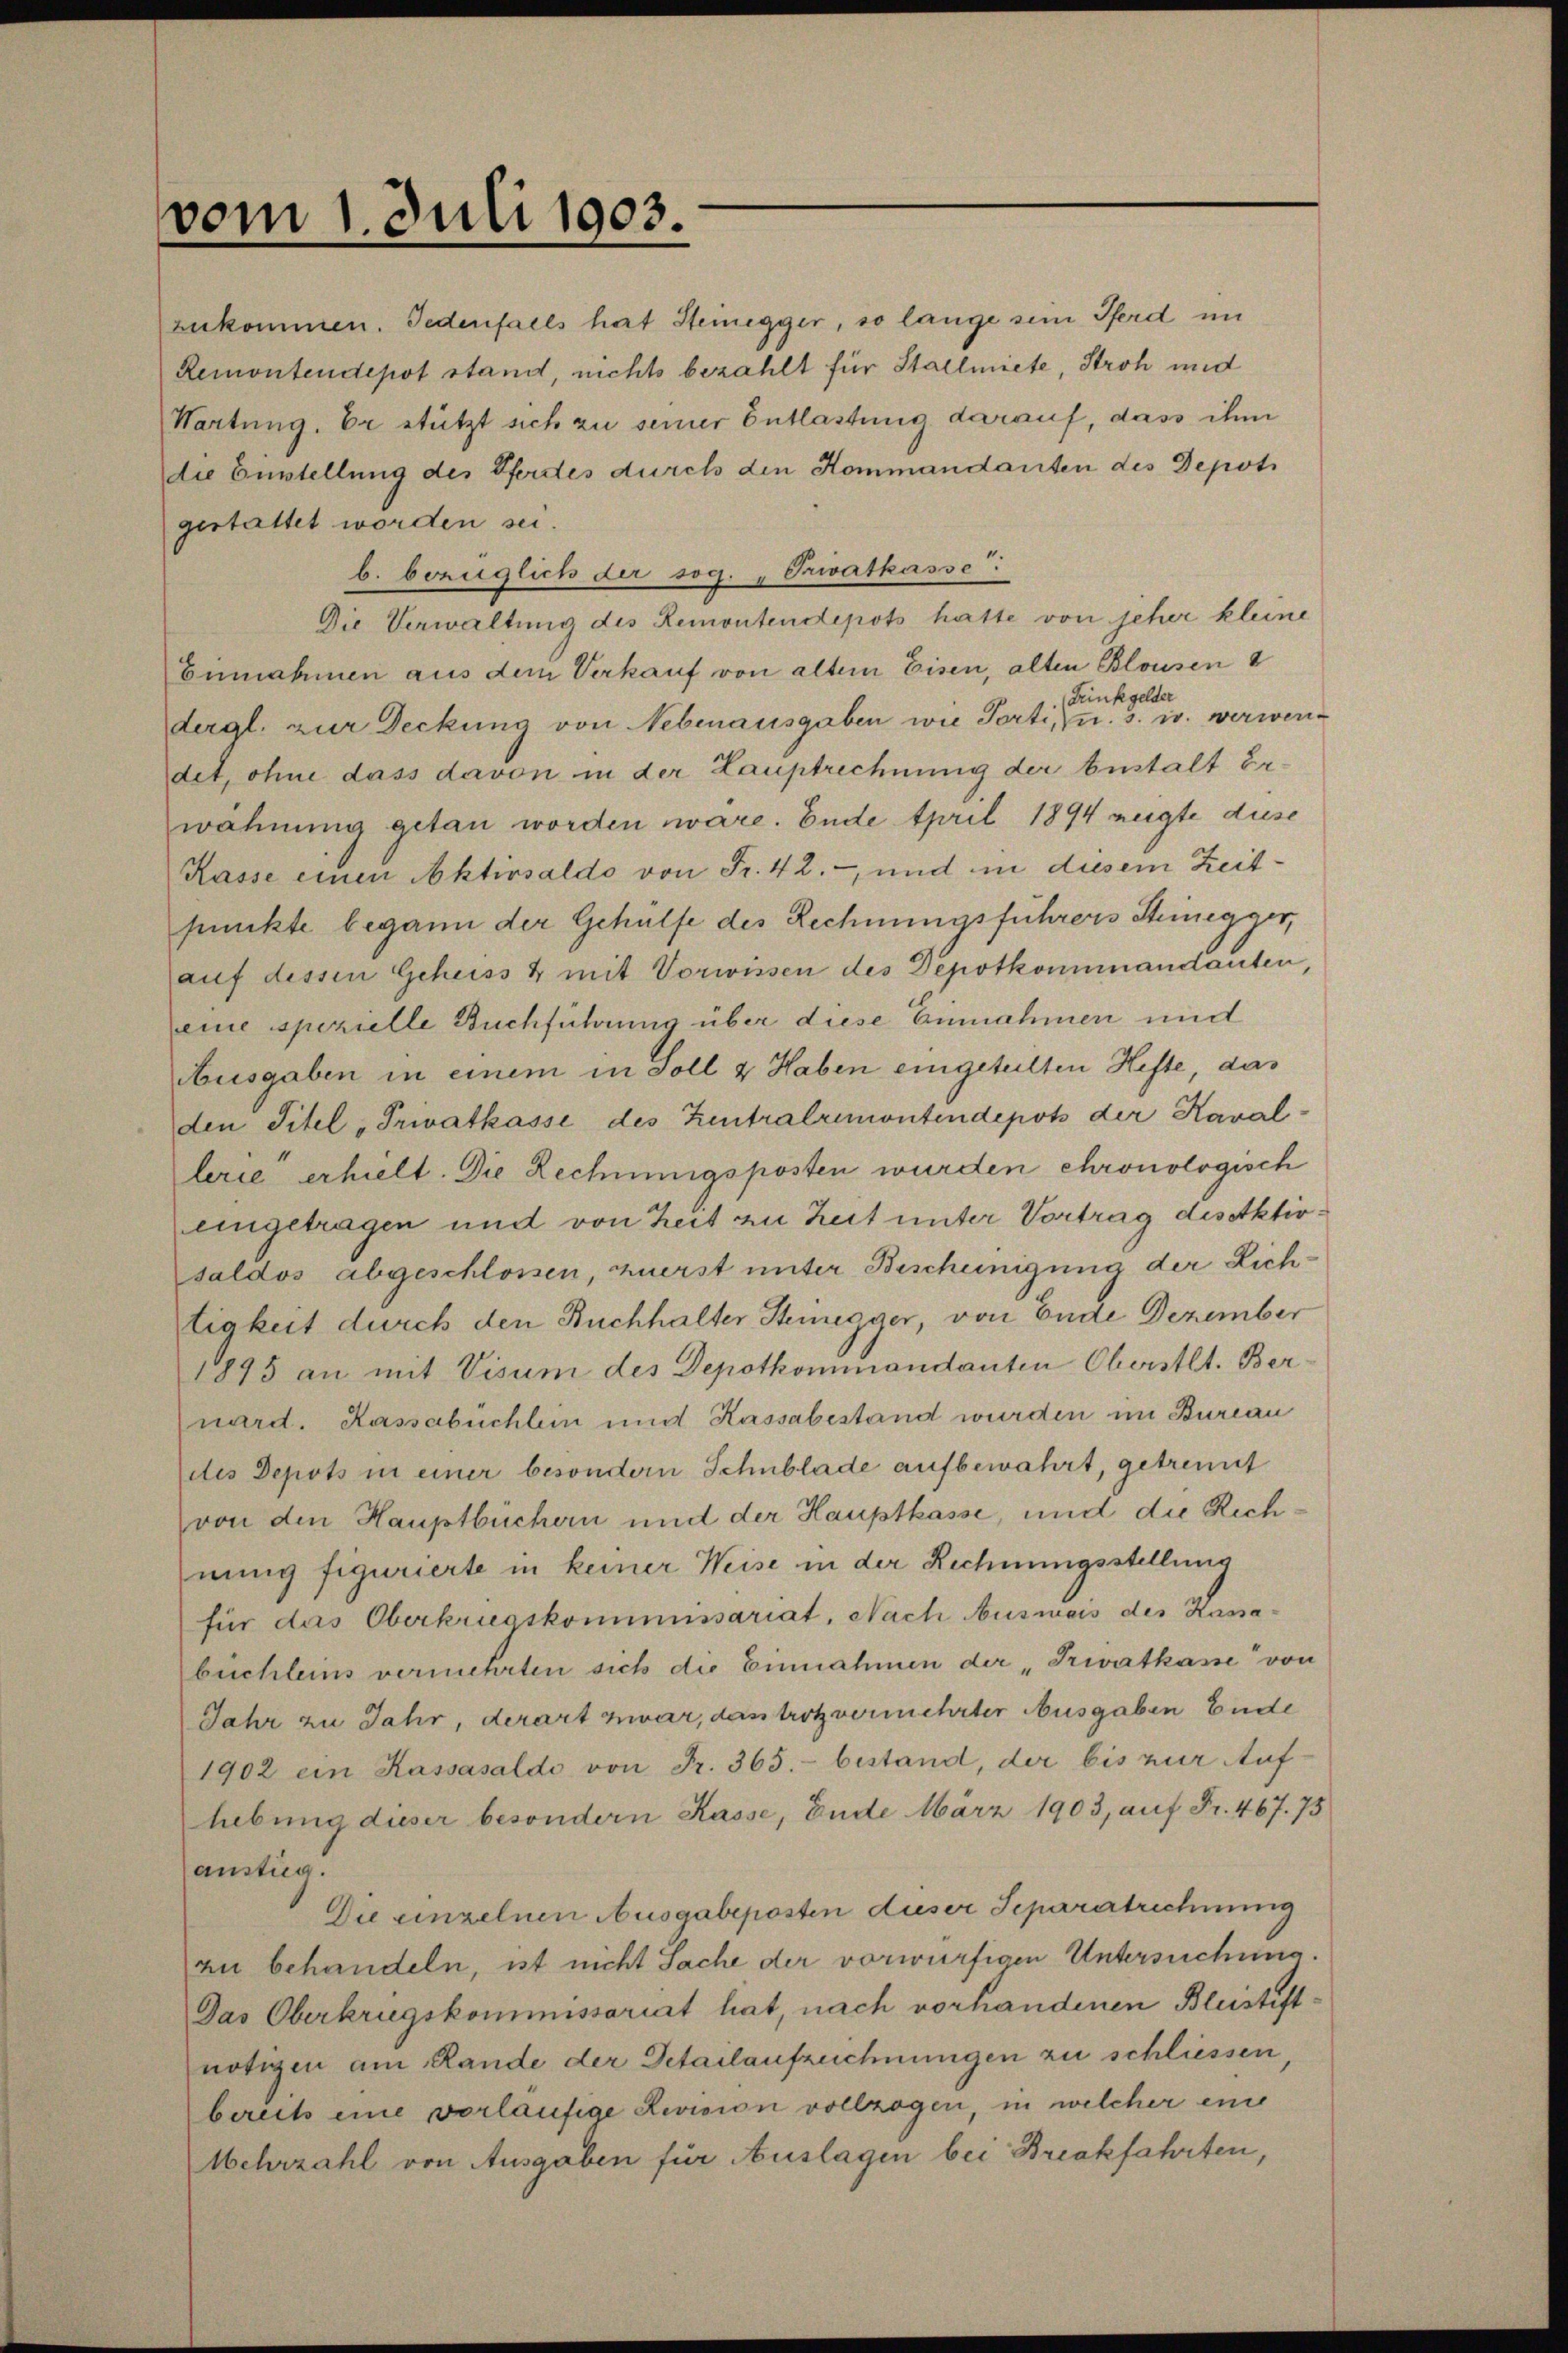
vom 1. Juli 1903.

zukommen. Jedenfalls hat Steinegger, so lange sein Pferd im
Remontendepot stand, nichts bezahlt für Stallmiete, Stroh und
Hartung. Er stützt sich zu seiner Entlastung darauf, dass ihm
die Einsstellung des Pferdes durch den Kommandanten des Depoti
gestaltet worden sei.
b. bezüglich der sog. „Privatkasse:
Die Verwaltung des Remontendepots hatte von jeher kleine
Ennahmen aus dem Verkauf von altem Eisen, alten Blausen
dergl. zur Deckung von Nebenausgaben wie Porti, der eine einen u. werwendet, ohne dass davon in der Hauptrechnung der bestalt Erwähnung getan worden wäre. Ende April 1894 zeigte diese
Kasse einen Aktivsaldo von Fr. 42. -, und in diesem Zeitpunkte begann der Gehülfe des Rechnungsführers Steinegger,
auf dessen Geheiss & mit Vorwissen des Depotkommandanten,
eine spezielle Buchführung über diese Einnahmen und
Ausgaben in einem in Soll & Haben eingeteilten Hefte, das
den Titel „Privatkasse des Zentralremontendepots der Kaval-
lerie erhielt. Die Rechnungsposten wurden chronologisch
eingetragen und von Zeit zu Zeit unter Vortrag des Aktivsaldos abgeschlossen, zuerst unter Bescheinigung der Lichtigkeit durch den Buchhalter Stenegger, von Ende Dezember
1895 an mit Visum des Depotkommandanten Oberstlt. Bernard. Kassabüchlein und Kassabestand wurden im Bureau
des Depots in einer besondern Schublade aufbewahrt, getrennt
von den Hauptbüchern und der Hauptkasse, und die Rechnung figurierte in keiner Weise in der Rechnungsstellung
für das Oberkriegskommissariat, Nach Ausweis des Kassabuchleins vermehrten sich die Einnahmen der „Privatkasse von
Jahr zu Jahr, derart zwar, das trotz vermehrter Ausgaben Ende
1902 ein Kassasaldo von Fr. 365.- bestand, der bis zur Aufhebung dieser besondern Kasse, Ende März 1903, auf Fr. 467. 75
austig.
Die einzelnen Ausgabeposten Auser Separatrechnung
au behandeln, ist nicht Sache der vorwürfigen Untersuchung.
Das Oberkrugskommissariat hat, nach vorhandenen Bleistiftnötigen am Rande der Detailaufzeichnungen zu schliessen,
bereits eine vorläufige Revision vollzogen in welcher eine
Mehrzahl von Ausgaben für Auslagen bei Breakfahrten,